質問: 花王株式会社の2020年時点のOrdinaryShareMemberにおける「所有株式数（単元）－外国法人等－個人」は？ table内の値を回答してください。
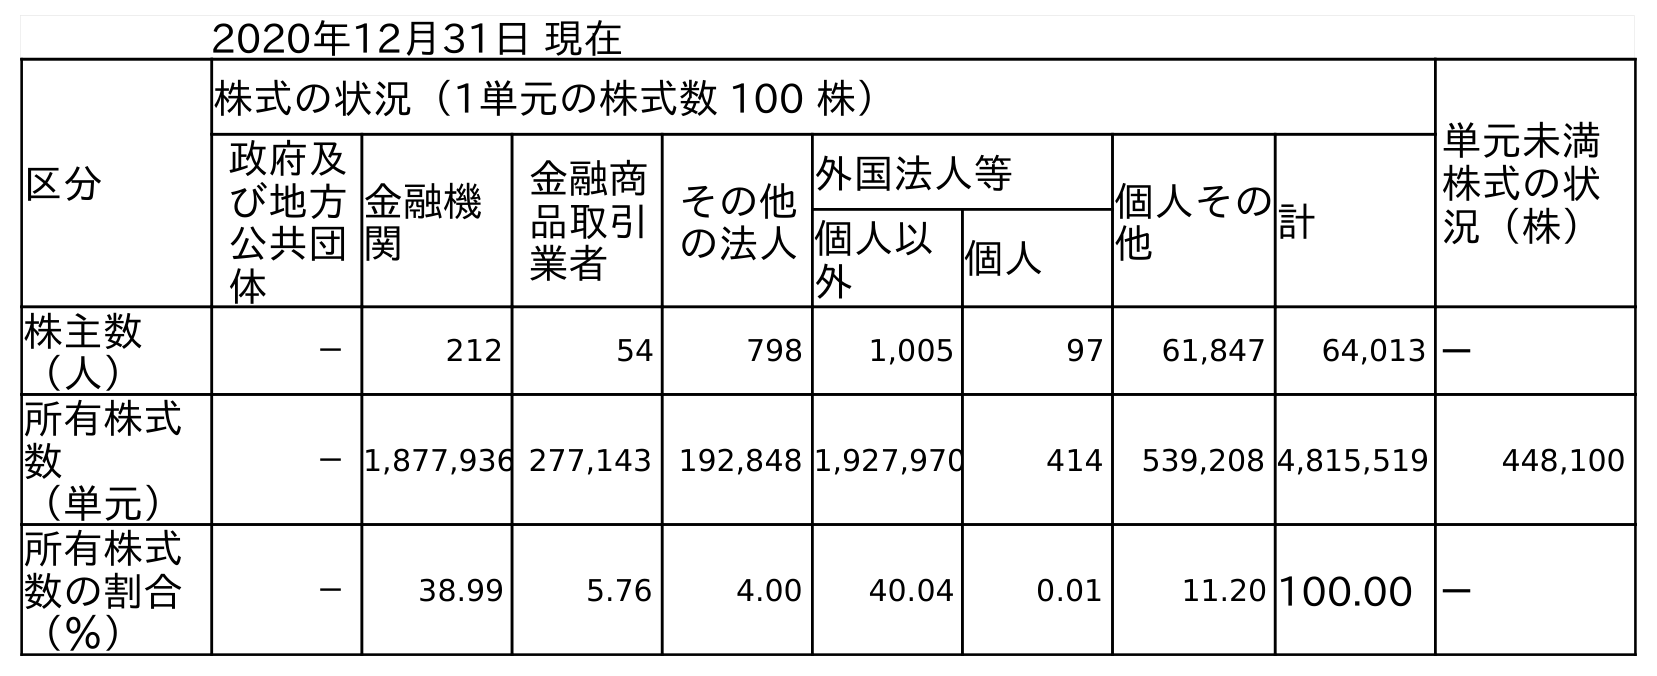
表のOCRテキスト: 2020年12月31日 現在 区分 株式の状況（1単元の株式数 100 株） 単元未満 株式の状 況（株） 政府及 び地方 公共団 体 金融機 関 金融商 品取引 業者 その他 の法人 外国法人等 個人その 他 計 個人以 外 個人 株主数 （人） － 212 54 798 1,005 97 61,847 64,013 － 所有株式 数 （単元） －1,877,936 277,143 192,848 1,927,970 414 539,208 4,815,519 448,100 所有株式 数の割合 （％） － 38.99 5.76 4.00 40.04 0.01 11.20 100.00 －
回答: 414